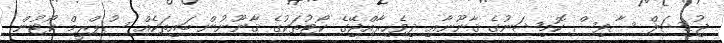
ޖުޑިޝަލް ސާވިސް ކޮމިޝަނުގެ ޤާނޫނާއި ދިވެހިރާއްޖޭގެ ކޯޓުތަކުގެ ޤާނޫނުން ބައިތަކެއް ސުޕްރީމް ކޯޓުން